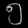
Digit: ၅